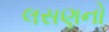
લસણનો